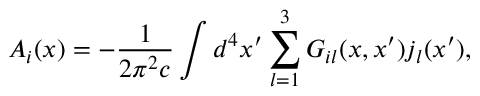
A _ { i } ( x ) = - \frac { 1 } { 2 \pi ^ { 2 } c } \int d ^ { 4 } x ^ { \prime } \sum _ { l = 1 } ^ { 3 } G _ { i l } ( x , x ^ { \prime } ) j _ { l } ( x ^ { \prime } ) ,